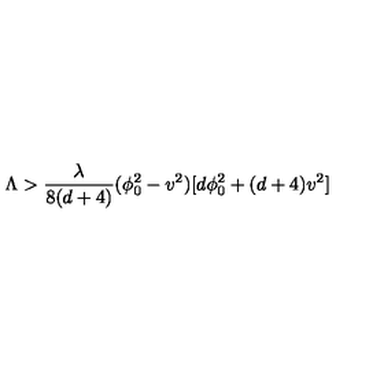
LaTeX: \Lambda > { \frac { \lambda } { 8 ( d + 4 ) } } ( \phi _ { 0 } ^ { 2 } - v ^ { 2 } ) [ d \phi _ { 0 } ^ { 2 } + ( d + 4 ) v ^ { 2 } ]